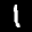
Label: 1